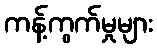
ကန့်ကွက်မှုများ